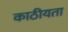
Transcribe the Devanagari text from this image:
काठीयता